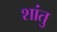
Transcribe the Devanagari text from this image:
शांतु